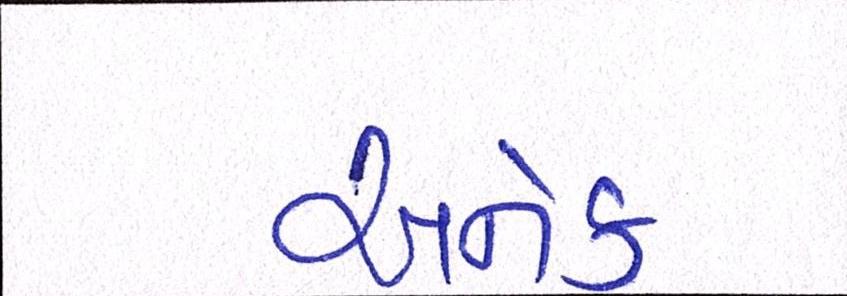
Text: અનેક